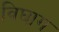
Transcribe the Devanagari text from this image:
विघाग